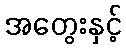
အတွေးနှင့်